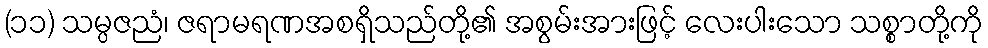
(၁၁) သမ္ပဇညံ၊ ဇရာမရဏအစရှိသည်တို့၏ အစွမ်းအားဖြင့် လေးပါးသော သစ္စာတို့ကို